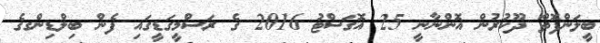
ބީލަންފޮތް ދޫކުރުން އޮންނާނީ 25 އޮގަސްޓު 2016 ގެ ރަސްމީގަޑީގައި ފެން ބިލްޑިންގގެ